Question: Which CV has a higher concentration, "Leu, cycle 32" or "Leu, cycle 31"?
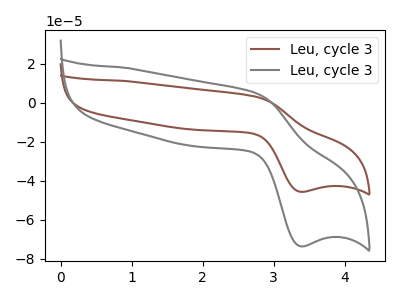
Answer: <think>The brown curve "Leu, cycle 31" has an anodic peak at (2.75V, 3.10uA) and a cathodic peak at (3.40V, -45.60uA). The gray curve "Leu, cycle 32" has an anodic peak at (2.75V, 5.05uA) and a cathodic peak at (3.40V, -73.50uA).
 All the peaks in "Leu, cycle 32" have a peak in "Leu, cycle 31" at the same potential. Every peak in "Leu, cycle 32" is higher than every peak in "Leu, cycle 31".</think>
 <answer>"Leu, cycle 32" has more signal than "Leu, cycle 31" and so likely has a higher concentration.</answer>
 <eval>more_concentration</eval>